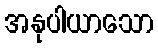
အနုပါယာသော